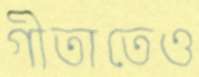
গীতাতেও